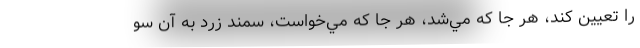
را تعيين كند، هر جا كه مي‌شد، هر جا كه مي‌خواست، سمند زرد به آن سو